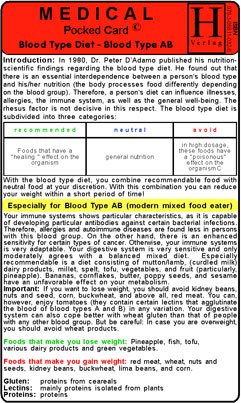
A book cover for Blood Type Diet - AB - Medical Pocket Card; Hawelka; Health, Fitness & Dieting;